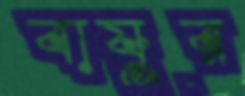
বায়ুর